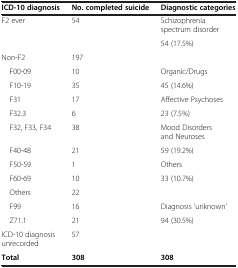
<table><thead><tr><td><b>ICD-10 diagnosis</b></td><td><b>No. completed suicide</b></td><td><b>Diagnostic categories</b></td></tr></thead><tbody><tr><td rowspan="2">F2 ever</td><td rowspan="2">54</td><td>Schizophrenia spectrum disorder</td></tr><tr><td>54 (17.5%)</td></tr><tr><td>Non-F2</td><td>197</td><td></td></tr><tr><td> F00-09</td><td>10</td><td>Organic/Drugs</td></tr><tr><td> F10-19</td><td>35</td><td>45 (14.6%)</td></tr><tr><td> F31</td><td>17</td><td>Affective Psychoses</td></tr><tr><td> F32.3</td><td>6</td><td>23 (7.5%)</td></tr><tr><td> F32, F33, F34</td><td>38</td><td>Mood Disorders and Neuroses</td></tr><tr><td> F40-48</td><td>21</td><td>59 (19.2%)</td></tr><tr><td> F50-59</td><td>1</td><td>Others</td></tr><tr><td> F60-69</td><td>10</td><td rowspan="2">33 (10.7%)</td></tr><tr><td> Others</td><td>22</td></tr><tr><td> F99</td><td>16</td><td>Diagnosis ‘unknown’</td></tr><tr><td> Z71.1</td><td>21</td><td rowspan="2">94 (30.5%)</td></tr><tr><td>ICD-10 diagnosis unrecorded</td><td>57</td></tr><tr><td><b>Total</b></td><td><b>308</b></td><td><b>308</b></td></tr></tbody></table>